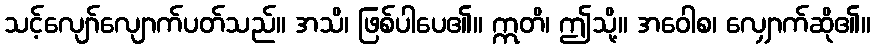
သင့်လျော်လျောက်ပတ်သည်။ အသိ၊ ဖြစ်ပါပေ၏။ ဣတိ၊ ဤသို့။ အဝေါစ၊ လျှောက်ဆို၏။